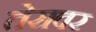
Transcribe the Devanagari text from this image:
तेरावर